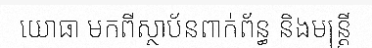
យោធា មកពីស្ថាប័នពាក់ព័ន្ធ និងមន្ត្រី